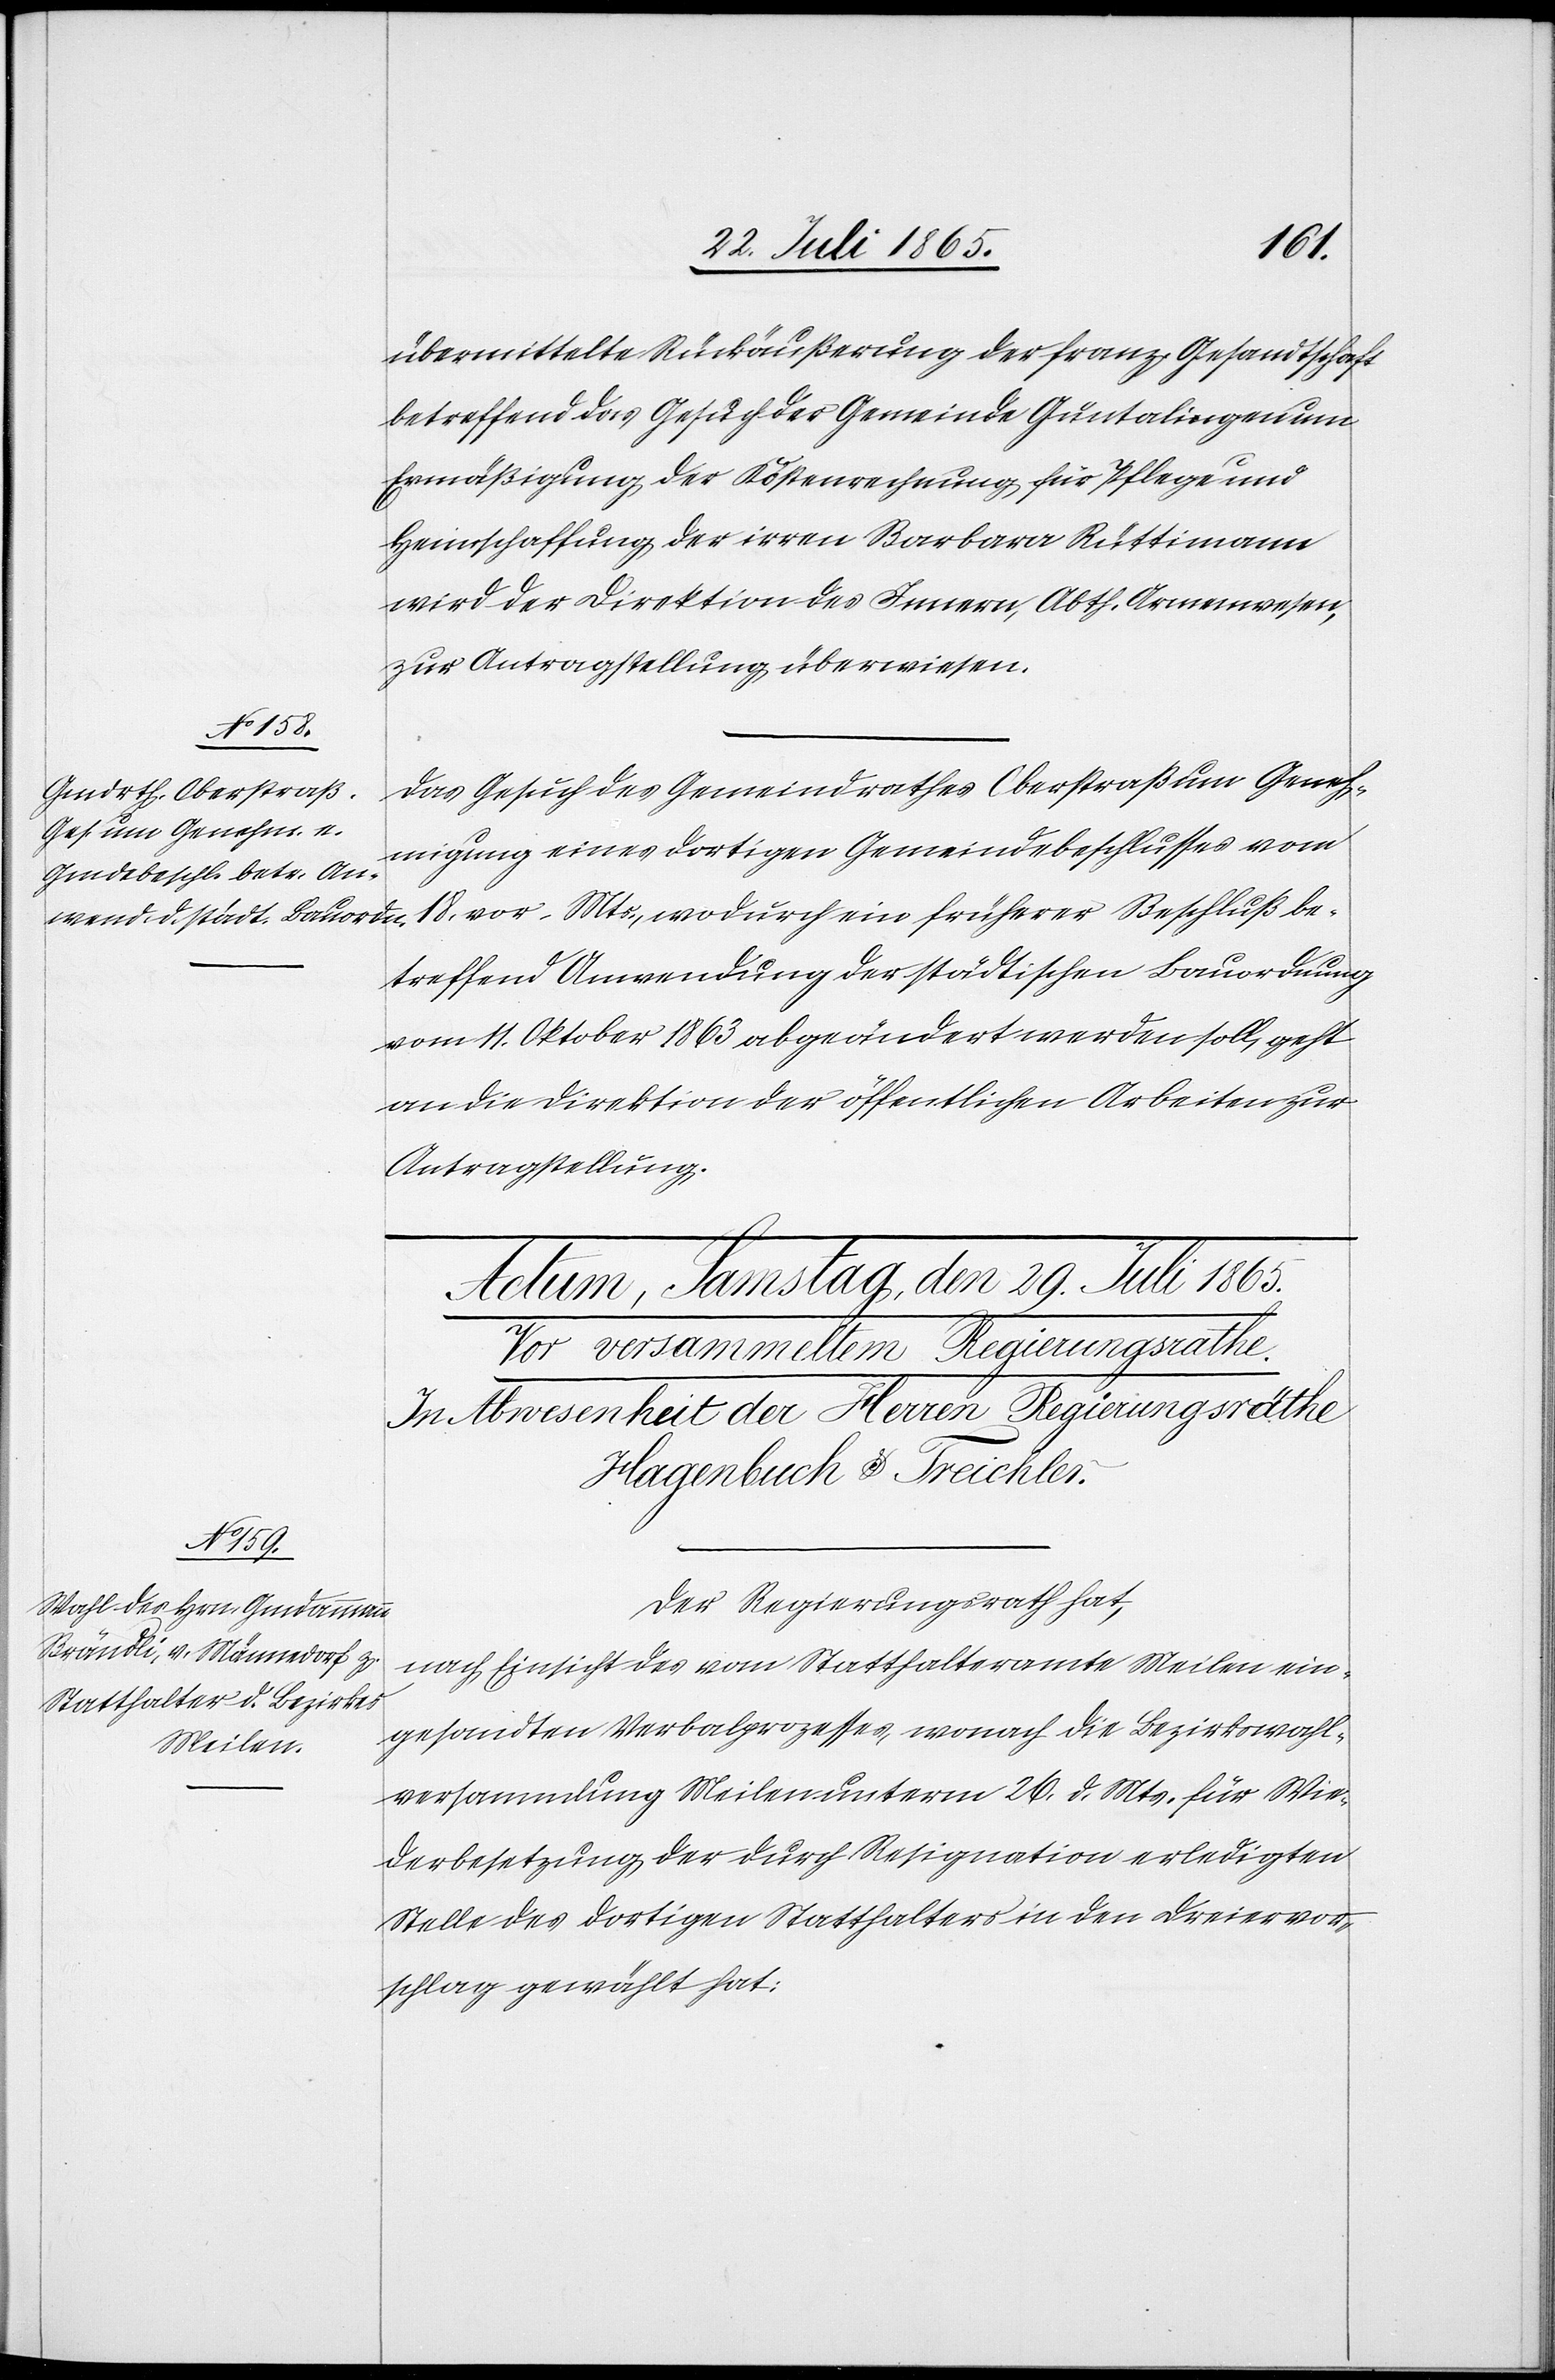
28. Juli 1865.]
übermittelte Rückäußerung der franz. Gesandtschaft
betreffend das Gesuch der Gemeinde Guntalingen um
Ermäßigung der Kostenrechnung für Pflege und
Heimschaffung der irren Barbara Rüttimann
wird der Direktion des Innern, Abth. Armenwesen,
zur Antragstellung überwiesen.
Das Gesuch des Gemeindrathes Oberstraß um Geneh¬
migung eines dortigen Gemeindebeschlusses vom
18. vor. Mts., wodurch ein früherer Beschluß be¬
treffend Anwendung der städtischen Bauordnung
vom 11. Oktober 1863 abgeändert werden soll, geht
an die Direktion der öffentlichen Arbeiten zur
Antragstellung.
Der Regierungsrath hat,
nach Einsicht des vom Statthalteramte Meilen ein¬
gesandten Verbalprozesses, wonach die Bezirkswahl¬
versammlung Meilen unterm 26. d. Mts. für Wie¬
derbesetzung der durch Resignation erledigten
Stelle des dortigen Statthalters in den Dreiervor¬
schlag gewählt hat: